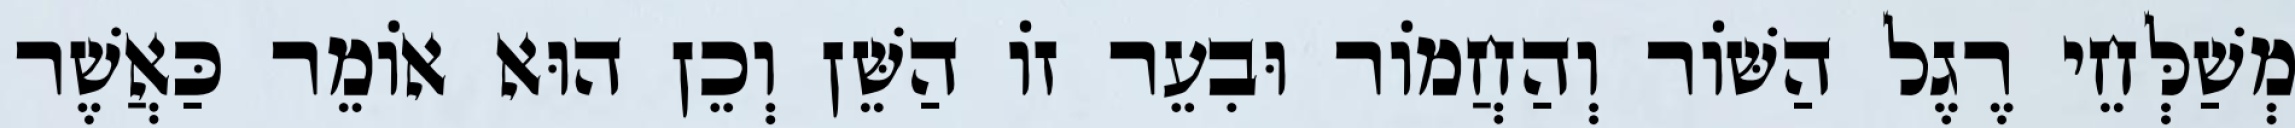
מְשַׁלְּחֵי רֶגֶל הַשּׁוֹר וְהַחֲמוֹר וּבִעֵר זוֹ הַשֵּׁן וְכֵן הוּא אוֹמֵר כַּאֲשֶׁר